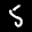
Label: 5